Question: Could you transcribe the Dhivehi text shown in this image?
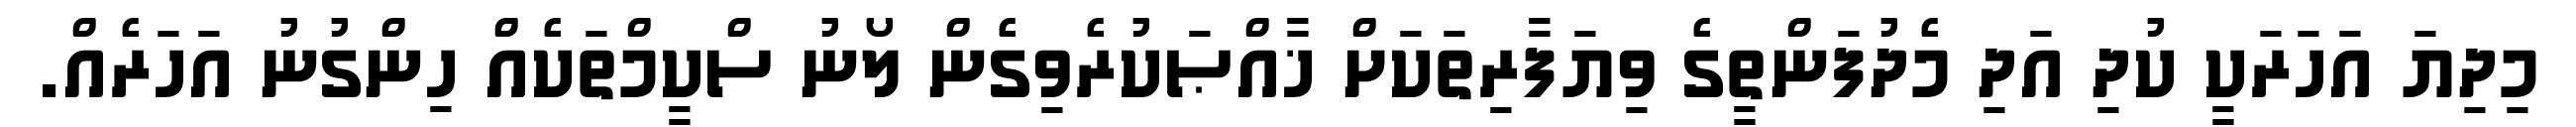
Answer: މިދިޔަ އަހަރަކީ ކުދި އަދި މެދުފަންތީގެ ވިޔަފާރިތަކަށް ޚާއްޞަކުރެވިގެން ލޯނު ސްކީމްތަކެއް ހިންގުނު އަހަރެއް.